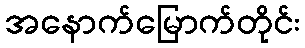
အနောက်မြောက်တိုင်း